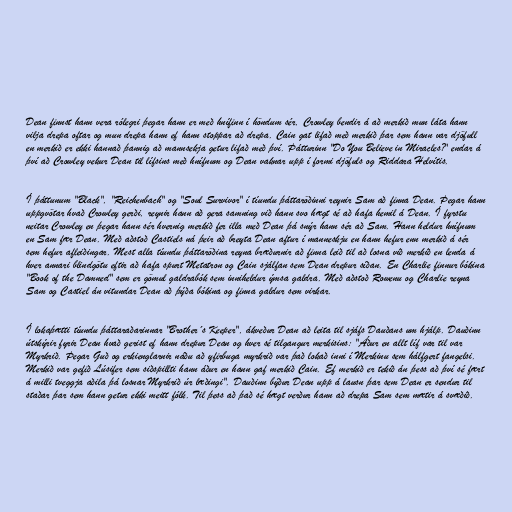
Dean finnst hann vera rólegri þegar hann er með hnífinn í höndum sér, Crowley bendir á að merkið mun láta hann
vilja drepa oftar og mun drepa hann ef hann stoppar að drepa. Cain gat lifað með merkið þar sem hann var djöfull
en merkið er ekki hannað þannig að mannsekja getur lifað með því. Þátturinn "Do You Believe in Miracles?" endar á
því að Crowley vekur Dean til lífsins með hnífnum og Dean vaknar upp í formi djöfuls og Riddara Helvítis.

Í þáttunum "Black", "Reichenbach" og "Soul Survivor" í tíundu þáttaröðinni reynir Sam að finna Dean. Þegar hann
uppgvötar hvað Crowley gerði, reynir hann að gera samning við hann svo hægt sé að hafa hemil á Dean. Í fyrstu
neitar Crowley en þegar hann sér hvernig merkið fer illa með Dean þá snýr hann sér að Sam. Hann heldur hnífnum
en Sam fær Dean. Með aðstoð Castiels ná þeir að breyta Dean aftur í manneskju en hann hefur enn merkið á sér
sem hefur afleiðingar. Mest alla tíundu þáttaröðina reyna bræðurnir að finna leið til að losna við merkið en lenda á
hver annari blindgötu eftir að hafa spurt Metatron og Cain sjálfan sem Dean drepur síðan. En Charlie finnur bókina
"Book of the Damned" sem er gömul galdrabók sem inniheldur ýmsa galdra. Með aðstoð Rowenu og Charlie reyna
Sam og Castiel án vitundar Dean að þýða bókina og finna galdur sem virkar.

Í lokaþætti tíundu þáttaraðarinnar "Brother´s Keeper", ákveður Dean að leita til sjáfs Dauðans um hjálp. Dauðinn
útskýrir fyrir Dean hvað gerist ef hann drepur Dean og hver sé tilgangur merkisins: "Áður en allt líf var til var
Myrkrið. Þegar Guð og erkienglarnir náðu að yfirbuga myrkrið var það lokað inni í Merkinu sem hálfgert fangelsi.
Merkið var gefið Lúsifer sem siðspillti hann áður en hann gaf merkið Cain. Ef merkið er tekið án þess að því sé fært
á milli tveggja aðila þá losnar Myrkrið úr læðingi". Dauðinn býður Dean upp á lausn þar sem Dean er sendur til
staðar þar sem hann getur ekki meitt fólk. Til þess að það sé hægt verður hann að drepa Sam sem mætir á svæðið.